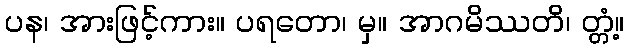
ပန၊ အားဖြင့်ကား။ ပရတော၊ မှ။ အာဂမိဿတိ၊ တ္တံ့။